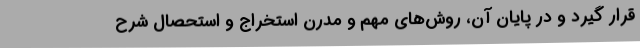
قرار گیرد و در پایان آن، روش‌های مهم و مدرن استخراج و استحصال شرح